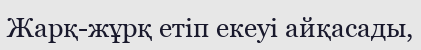
Жарқ-жұрқ етіп екеуі айқасады,